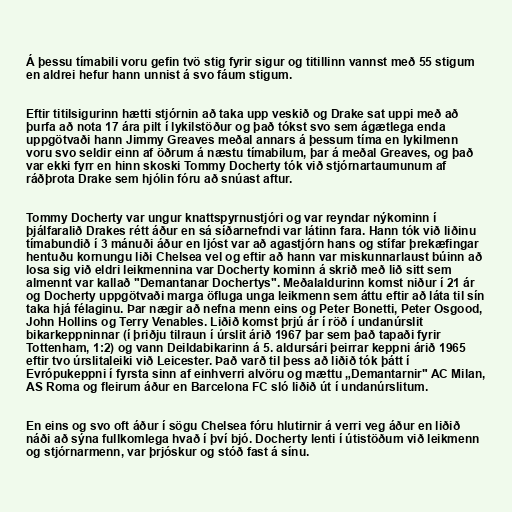
Á þessu tímabili voru gefin tvö stig fyrir sigur og titillinn vannst með 55 stigum
en aldrei hefur hann unnist á svo fáum stigum.

Eftir titilsigurinn hætti stjórnin að taka upp veskið og Drake sat uppi með að
þurfa að nota 17 ára pilt í lykilstöður og það tókst svo sem ágætlega enda
uppgötvaði hann Jimmy Greaves meðal annars á þessum tíma en lykilmenn
voru svo seldir einn af öðrum á næstu tímabilum, þar á meðal Greaves, og það
var ekki fyrr en hinn skoski Tommy Docherty tók við stjórnartaumunum af
ráðþrota Drake sem hjólin fóru að snúast aftur.

Tommy Docherty var ungur knattspyrnustjóri og var reyndar nýkominn í
þjálfaralið Drakes rétt áður en sá síðarnefndi var látinn fara. Hann tók við liðinu
tímabundið í 3 mánuði áður en ljóst var að agastjórn hans og stífar þrekæfingar
hentuðu kornungu liði Chelsea vel og eftir að hann var miskunnarlaust búinn að
losa sig við eldri leikmennina var Docherty kominn á skrið með lið sitt sem
almennt var kallað "Demantanar Dochertys". Meðalaldurinn komst niður í 21 ár
og Docherty uppgötvaði marga öfluga unga leikmenn sem áttu eftir að láta til sín
taka hjá félaginu. Þar nægir að nefna menn eins og Peter Bonetti, Peter Osgood,
John Hollins og Terry Venables. Liðið komst þrjú ár í röð í undanúrslit
bikarkeppninnar (í þriðju tilraun í úrslit árið 1967 þar sem það tapaði fyrir
Tottenham, 1:2) og vann Deildabikarinn á 5. aldursári þeirrar keppni árið 1965
eftir tvo úrslitaleiki við Leicester. Það varð til þess að liðið tók þátt í
Evrópukeppni í fyrsta sinn af einhverri alvöru og mættu „Demantarnir" AC Milan,
AS Roma og fleirum áður en Barcelona FC sló liðið út í undanúrslitum.

En eins og svo oft áður í sögu Chelsea fóru hlutirnir á verri veg áður en liðið
náði að sýna fullkomlega hvað í því bjó. Docherty lenti í útistöðum við leikmenn
og stjórnarmenn, var þrjóskur og stóð fast á sínu.